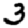
Digit: 3